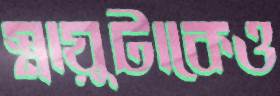
স্নায়ুটাকেও